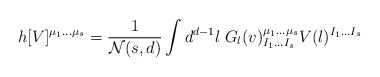
\begin{align*}h[V]^{\mu_1\ldots\mu_s}={1\over {\cal N}(s,d)}\int d^{d-1}l\; G_{l}(v)_{I_1\ldots I_s}^{\mu_1\ldots\mu_s}V(l)^{I_1\ldots I_s}\end{align*}